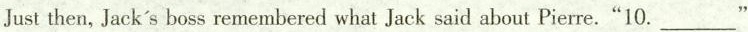
Just then, Jack's boss remembered what Jack said about Pierre."10. ___ "